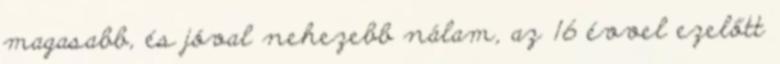
magasabb, és jóval nehezebb nálam, az 16 évvel ezelőtt